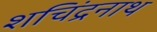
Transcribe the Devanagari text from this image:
शचिंद्रनाथ